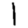
Digit: 1